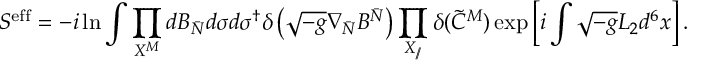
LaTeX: S ^ { \mathrm { e f f } } = - i \ln \int \prod _ { X ^ { M } } d B _ { \bar { N } } d \sigma d \sigma ^ { \dagger } \delta \left( \sqrt { - g } \nabla _ { \bar { N } } B ^ { \bar { N } } \right) \prod _ { X _ { / \! / } } \delta ( \widetilde C ^ { M } ) \exp \left[ i \int \sqrt { - g } { \cal L } _ { 2 } d ^ { 6 } x \right] .